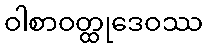
ဝါစာဝတ္ထုဒေဝဿ